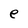
Character: e